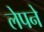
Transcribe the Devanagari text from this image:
लेपने